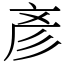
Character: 彥